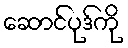
ဆောင်ပုဒ်ကို